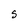
Character: S